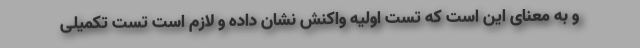
و به معنای این است که تست اولیه واکنش نشان داده و لازم است تست تکمیلی